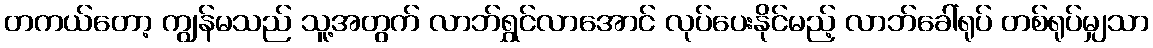
တကယ်တော့ ကျွန်မသည် သူ့အတွက် လာဘ်ရွှင်လာအောင် လုပ်ပေးနိုင်မည့် လာဘ်ခေါ်ရုပ် တစ်ရုပ်မျှသာ